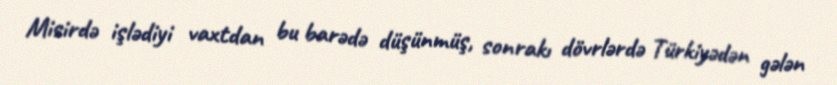
Misirdə işlədiyi vaxtdan bu barədə düşünmüş, sonrakı dövrlərdə Türkiyədən gələn